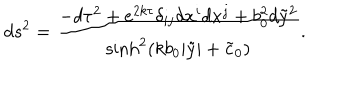
LaTeX: d s ^ { 2 } = \frac { - d \tau ^ { 2 } + e ^ { 2 k \tau } \delta _ { i j } d x ^ { i } d x ^ { j } + b _ { 0 } ^ { 2 } d { \tilde { y } } ^ { 2 } } { \sinh ^ { 2 } ( k b _ { 0 } | \tilde { y } | + \tilde { c } _ { 0 } ) } .